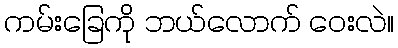
ကမ်းခြေကို ဘယ်လောက် ဝေးလဲ။